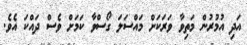
އަދި އުމުރުން މަތިވާ ވަރަކަށް މައްސަލަ ގޯސްވާ ކަމަށް ވެސް ދައްކަ އެވެ.